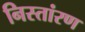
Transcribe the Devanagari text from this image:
निस्तांरण